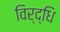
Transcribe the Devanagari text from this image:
विर्द्धि